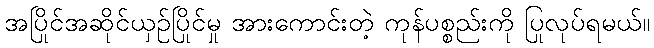
အပြိုင်အဆိုင်ယှဉ်ပြိုင်မှု အားကောင်းတဲ့ ကုန်ပစ္စည်းကို ပြုလုပ်ရမယ်။